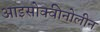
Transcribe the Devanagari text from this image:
आइसोक्वीनोलीन